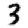
Digit: 3